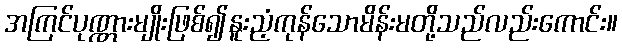
အကြင်ပုဏ္ဏားမျိုးဖြစ်၍နူးညံ့ကုန်သောမိန်းမတို့သည်လည်းကောင်း။